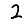
Digit: 2